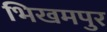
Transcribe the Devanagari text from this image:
भिखमपुर